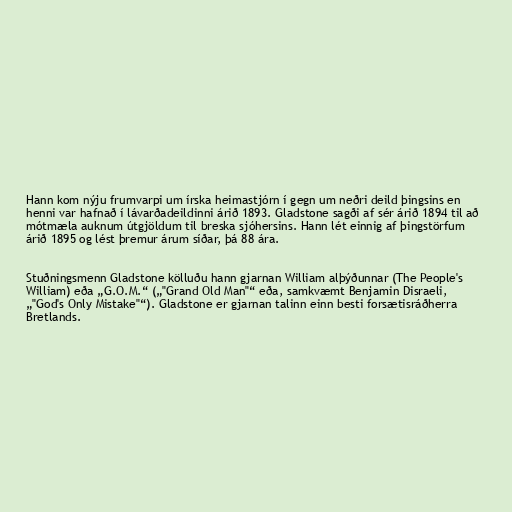
Hann kom nýju frumvarpi um írska heimastjórn í gegn um neðri deild þingsins en
henni var hafnað í lávarðadeildinni árið 1893. Gladstone sagði af sér árið 1894 til að
mótmæla auknum útgjöldum til breska sjóhersins. Hann lét einnig af þingstörfum
árið 1895 og lést þremur árum síðar, þá 88 ára.

Stuðningsmenn Gladstone kölluðu hann gjarnan William alþýðunnar (The People's
William) eða „G.O.M.“ („"Grand Old Man"“ eða, samkvæmt Benjamin Disraeli,
„"God's Only Mistake"“). Gladstone er gjarnan talinn einn besti forsætisráðherra
Bretlands.